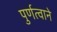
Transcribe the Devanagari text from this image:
पुर्णत्वाने